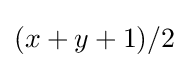
(x+y+1)/2